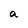
Character: a